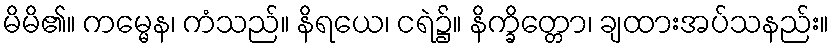
မိမိ၏။ ကမ္မေန၊ ကံသည်။ နိရယေ၊ ငရဲ၌။ နိက္ခိတ္တော၊ ချထားအပ်သနည်း။